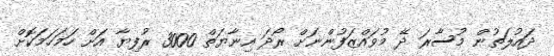
ދައުލަތުން މުސާރަ ދޭ މުވައްޒަފުންނަށް ރޯދަ އިނާޔަތް 3000 ރުފިޔާ އަށް ހަމަހަމަކޮށް